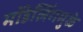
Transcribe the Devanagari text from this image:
मॉडेलिंगमुळे